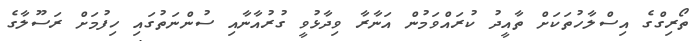
ތޯރިގްގެ އިސްލާހުތަކަށް ތާއީދު ކުރައްވަމުން އަނާރާ ވިދާޅުވީ ގުރުއާނާއި ސުންނަތުގައި ހިފުމަށް ރަސޫލާގެ